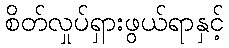
စိတ်လှုပ်ရှားဖွယ်ရာနှင့်